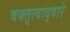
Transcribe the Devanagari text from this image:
वक्तृत्वाद्वारे